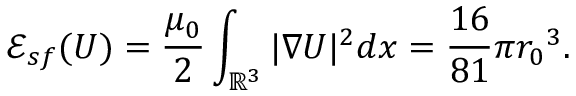
{ \mathscr E } _ { s f } ( U ) = \frac { \mu _ { 0 } } { 2 } \int _ { { \mathbb R } ^ { 3 } } | \nabla U | ^ { 2 } d x = \frac { 1 6 } { 8 1 } \pi { r _ { 0 } } ^ { 3 } .